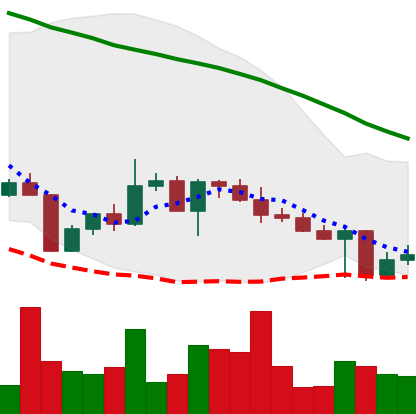
Ticker: XLM-USD
Chart end date: 2022-04-28
Forward return: -7.316%
Label: down_7plus